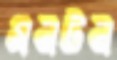
মনটন